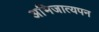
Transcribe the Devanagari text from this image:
अभिजात्यपन